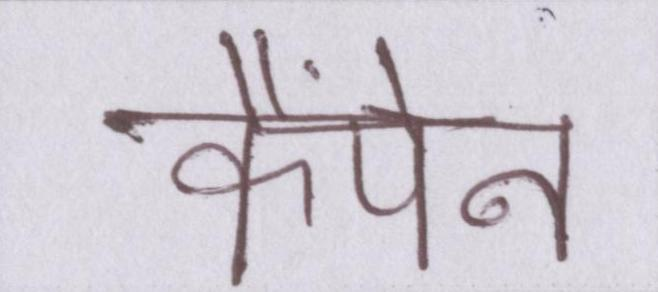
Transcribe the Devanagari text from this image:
कैंपेन